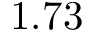
1 . 7 3